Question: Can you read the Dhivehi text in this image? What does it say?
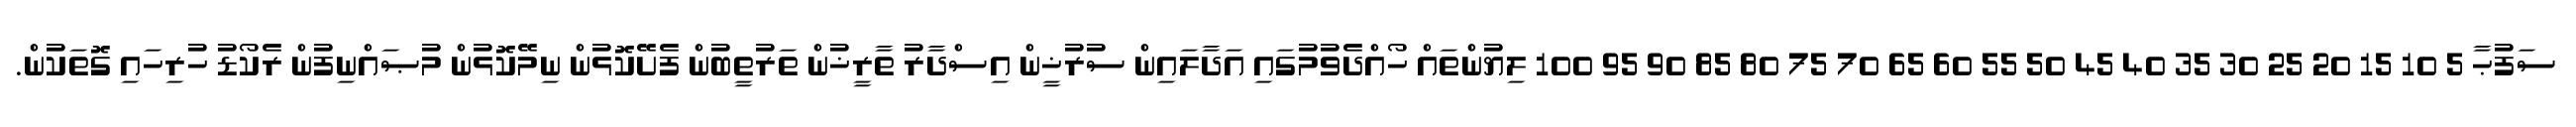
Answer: ސަފުޙާ 5 10 15 20 25 30 35 40 45 50 55 60 65 70 75 80 85 90 95 100 ލިޔުންތައް ހޯއްދެވުމުގައި އަދާލައިން ސުރުޚީން އިސްދާރު ތާރީޚުން ތަރުތީބުން ފެށޭކޮޅުން ނިމޭކޮޅުން މުޞައްނިފުން ރެކޯޑު ހުރިހައި ގޮތަކުން.